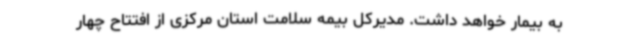
به بیمار خواهد داشت. مدیرکل بیمه سلامت استان مرکزی از افتتاح چهار